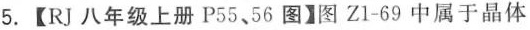
5.【RJ八年级上册P55、56图】图Zl-69中属于晶体